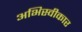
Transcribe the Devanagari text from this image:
अभिस्वीकार